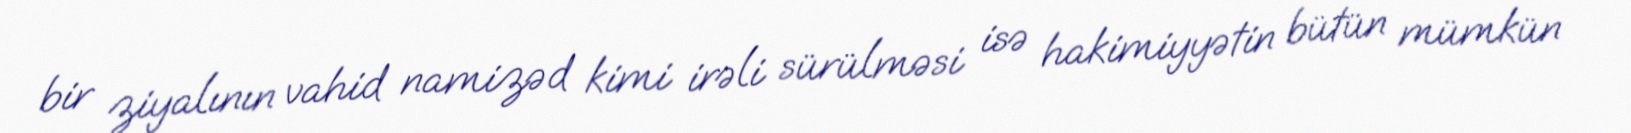
bir ziyalının vahid namizəd kimi irəli sürülməsi isə hakimiyyətin bütün mümkün